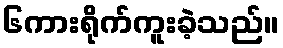
၆ကားရိုက်ကူးခဲ့သည်။